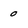
Character: 0